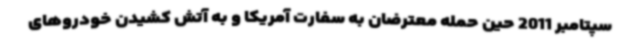
سپتامبر 2011 حین حمله معترضان به سفارت آمریکا و به آتش کشیدن خودروهای